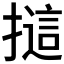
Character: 𢳘